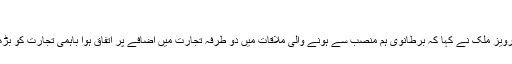
19 ستمبر 2017 - 12:17
خبر رساں ادارے تسنیم کے مطابق وزیر تجارت پرویز ملک نے کہا کہ برطانوی ہم منصب سے ہونے والی ملاقات میں دو طرفہ تجارت میں اضافے پر اتفاق ہوا باہمی تجارت کو بڑھانے کے لیے نئے مواقع کی تلاش پر زور دیا گیا۔